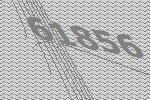
61856